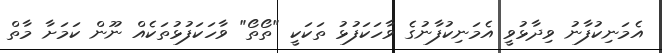
އެމަނިކުފާނު ވިދާޅުވީ އެމަނިކުފާނުގެ ވާހަކަފުޅު ތަކަކީ "ތޯތޯ" ވާހަކަފުޅުތަކެއް ނޫން ކަމަށާ މާތް